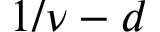
1 / \nu - d